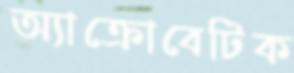
অ্যাক্রোবেটিক